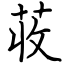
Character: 荍